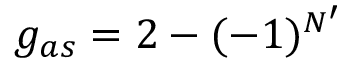
g _ { a s } = 2 - ( - 1 ) ^ { N ^ { \prime } }